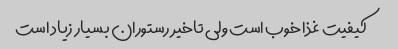
کیفیت غذا خوب است ولی تاخیر رستوران بسیار زیاد است